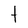
Character: t